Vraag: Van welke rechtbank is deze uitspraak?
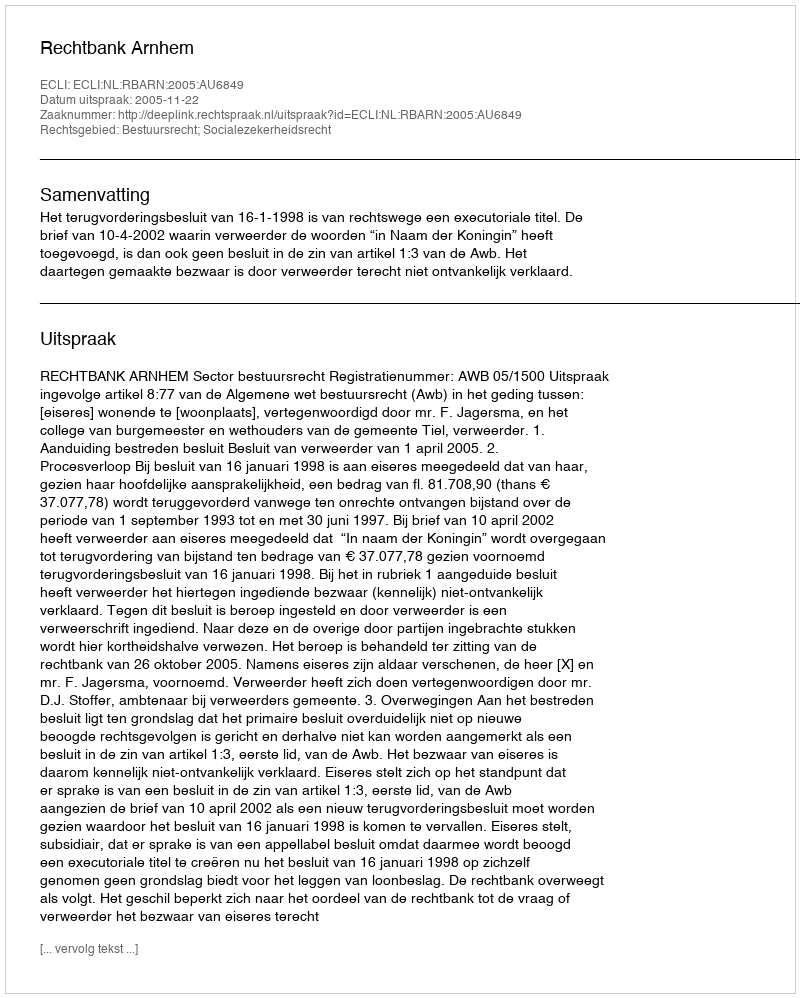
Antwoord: Rechtbank Arnhem